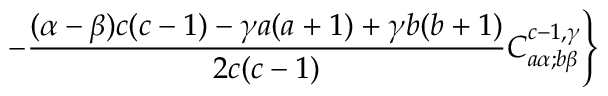
- \frac { ( \alpha - \beta ) c ( c - 1 ) - \gamma a ( a + 1 ) + \gamma b ( b + 1 ) } { 2 c ( c - 1 ) } C _ { a \alpha ; b \beta } ^ { c - 1 , \gamma } \Biggr \}